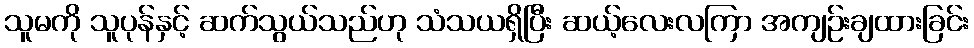
သူမကို သူပုန်နှင့် ဆက်သွယ်သည်ဟု သံသယရှိပြီး ဆယ့်လေးလကြာ အကျဉ်းချထားခြင်း